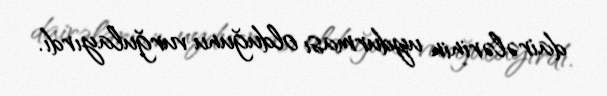
dairələrinin uydurması olduğunu vurğulayırdı.